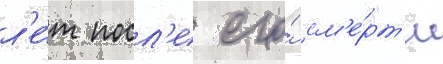
л'е́т посл'е его́ см'е́рт'и